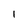
Character: 1